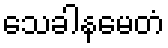
သေခါနမေတံ